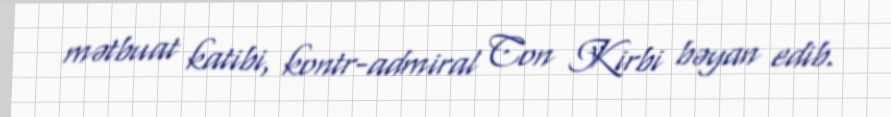
mətbuat katibi, kontr-admiral Con Kirbi bəyan edib.